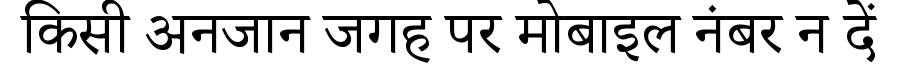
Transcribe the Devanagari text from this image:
किसी अनजान जगह पर मोबाइल नंबर न दें